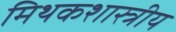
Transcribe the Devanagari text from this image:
मिथकशास्त्रीय